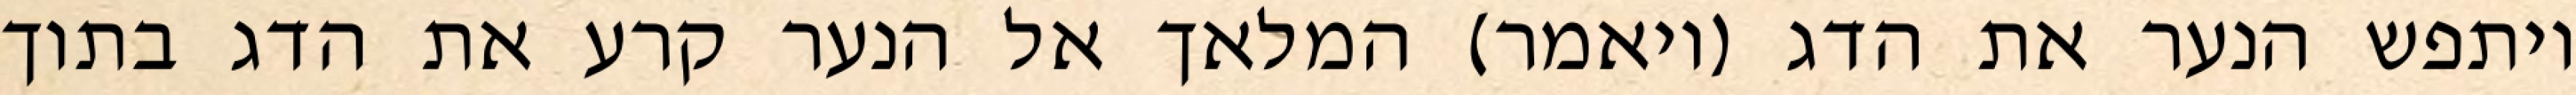
ויתפש הנער את הדג (ויאמר) המלאך אל הנער קרע את הדג בתוך